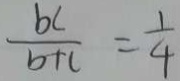
\frac { b c } { b + c } = \frac { 1 } { 4 }